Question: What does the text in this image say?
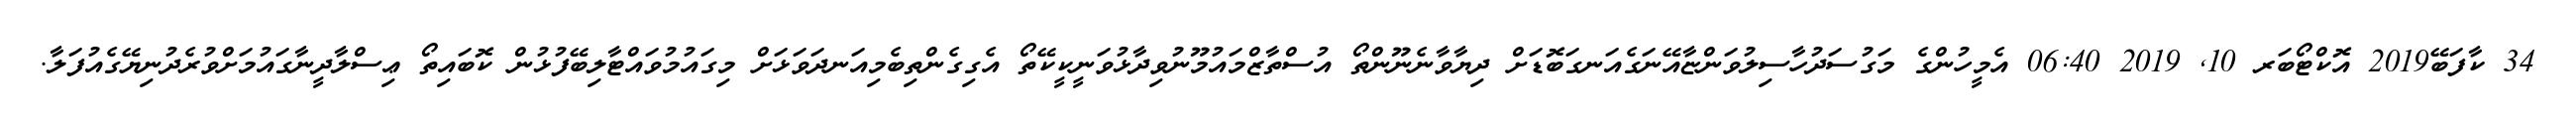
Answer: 34 ކާފަބޭ2019 އޮކްޓޯބަރ 10, 2019 06:40 އެމީހުންގެ މަގުސަދުހާސިލުވަންޏާއޭނަގެއަނގަބޮޑަށް ދިޔާވާނެނޫންތޯ އުސްތާޒްމައުމޫނުވިދާޅުވަނީކީކޭތޯ އެގިގެންތިބެމިއަނދަވަޅަށް މިގައުމުވައްޓާލިބޭފުޅުން ކޮބައިތޯ ޢިސްލާދީނާގައުމަށްވުރެދުނިޔޭގެއުފަލާ.